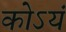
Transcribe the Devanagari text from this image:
कोऽयं